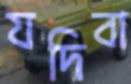
যদিবা